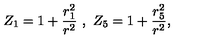
Z _ { 1 } = 1 + \frac { r _ { 1 } ^ { 2 } } { r ^ { 2 } } \ , \ Z _ { 5 } = 1 + \frac { r _ { 5 } ^ { 2 } } { r ^ { 2 } } ,